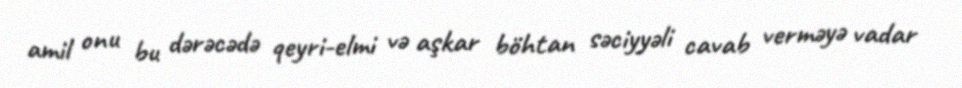
amil onu bu dərəcədə qeyri-elmi və aşkar böhtan səciyyəli cavab verməyə vadar